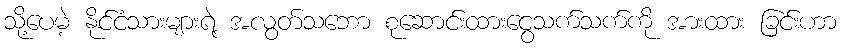
သို့ပေမဲ့ နိုင်ငံသားများရဲ့ အလွတ်သဘော စုဆောင်းထားငွေသက်သက်ကို အားထား ခြင်းဟာ